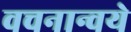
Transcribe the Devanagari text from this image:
वचनान्वये